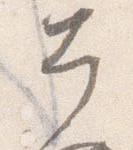
幸